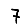
Digit: 7